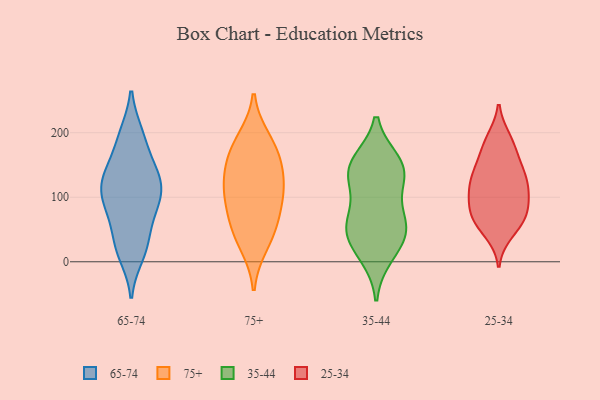
{"axis": {"x": "Population (Million)", "y": "Value"}, "legend": ["25-34", "35-44", "65-74", "75+"], "data": [{"x": "", "y": 143, "type": "65-74"}, {"x": "", "y": 71, "type": "65-74"}, {"x": "", "y": 11, "type": "65-74"}, {"x": "", "y": 195, "type": "65-74"}, {"x": "", "y": 197, "type": "65-74"}, {"x": "", "y": 122, "type": "65-74"}, {"x": "", "y": 93, "type": "65-74"}, {"x": "", "y": 108, "type": "65-74"}, {"x": "", "y": 126, "type": "65-74"}, {"x": "", "y": 28, "type": "65-74"}, {"x": "", "y": 113, "type": "65-74"}, {"x": "", "y": 27, "type": "65-74"}, {"x": "", "y": 154, "type": "65-74"}, {"x": "", "y": 77, "type": "65-74"}, {"x": "", "y": 111, "type": "75+"}, {"x": "", "y": 161, "type": "75+"}, {"x": "", "y": 188, "type": "75+"}, {"x": "", "y": 172, "type": "75+"}, {"x": "", "y": 97, "type": "75+"}, {"x": "", "y": 28, "type": "75+"}, {"x": "", "y": 111, "type": "75+"}, {"x": "", "y": 60, "type": "75+"}, {"x": "", "y": 52, "type": "75+"}, {"x": "", "y": 136, "type": "75+"}, {"x": "", "y": 123, "type": "35-44"}, {"x": "", "y": 152, "type": "35-44"}, {"x": "", "y": 51, "type": "35-44"}, {"x": "", "y": 154, "type": "35-44"}, {"x": "", "y": 67, "type": "35-44"}, {"x": "", "y": 137, "type": "35-44"}, {"x": "", "y": 139, "type": "35-44"}, {"x": "", "y": 27, "type": "35-44"}, {"x": "", "y": 51, "type": "35-44"}, {"x": "", "y": 61, "type": "35-44"}, {"x": "", "y": 10, "type": "35-44"}, {"x": "", "y": 69, "type": "25-34"}, {"x": "", "y": 69, "type": "25-34"}, {"x": "", "y": 67, "type": "25-34"}, {"x": "", "y": 143, "type": "25-34"}, {"x": "", "y": 59, "type": "25-34"}, {"x": "", "y": 118, "type": "25-34"}, {"x": "", "y": 98, "type": "25-34"}, {"x": "", "y": 130, "type": "25-34"}, {"x": "", "y": 95, "type": "25-34"}, {"x": "", "y": 149, "type": "25-34"}, {"x": "", "y": 189, "type": "25-34"}, {"x": "", "y": 119, "type": "25-34"}, {"x": "", "y": 88, "type": "25-34"}, {"x": "", "y": 175, "type": "25-34"}, {"x": "", "y": 185, "type": "25-34"}, {"x": "", "y": 126, "type": "25-34"}, {"x": "", "y": 46, "type": "25-34"}]}